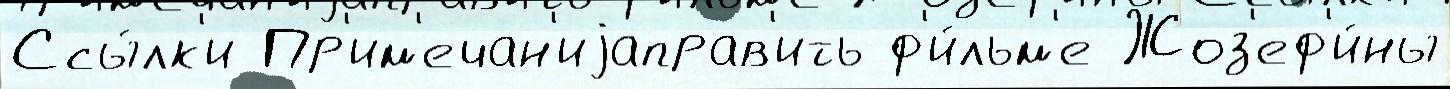
Ссы́лк'и Пр'им'ечан'иjаправ'ить ф'и́льм'е Жоз'еф'и́ны